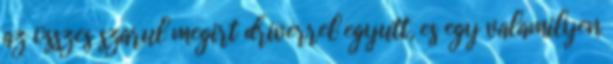
az osszes szarul megirt driverrel egyutt, es egy valamilyen